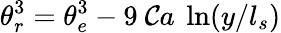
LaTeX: \theta_{r}^{3}=\theta_{e}^{3}-9\ \mathcal{C}a\ \ln(y/l_{s})